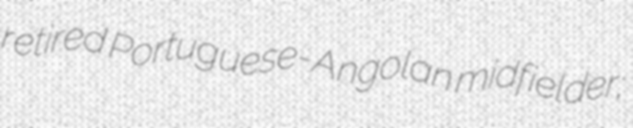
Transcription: retired Portuguese-Angolan midfielder;